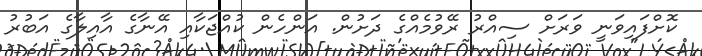
ކޮށްފައިވަނީ ވަރަށް ސިއްރު ރޭވުމެއްގެ ދަށުން. އަންހެން ކުއްޖަކާއި އޭނާގެ އާއިލާގެ އަބުރު